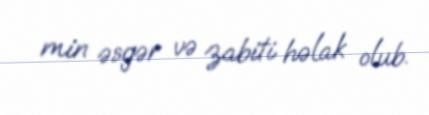
min əsgər və zabiti həlak olub.